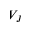
V _ { J }